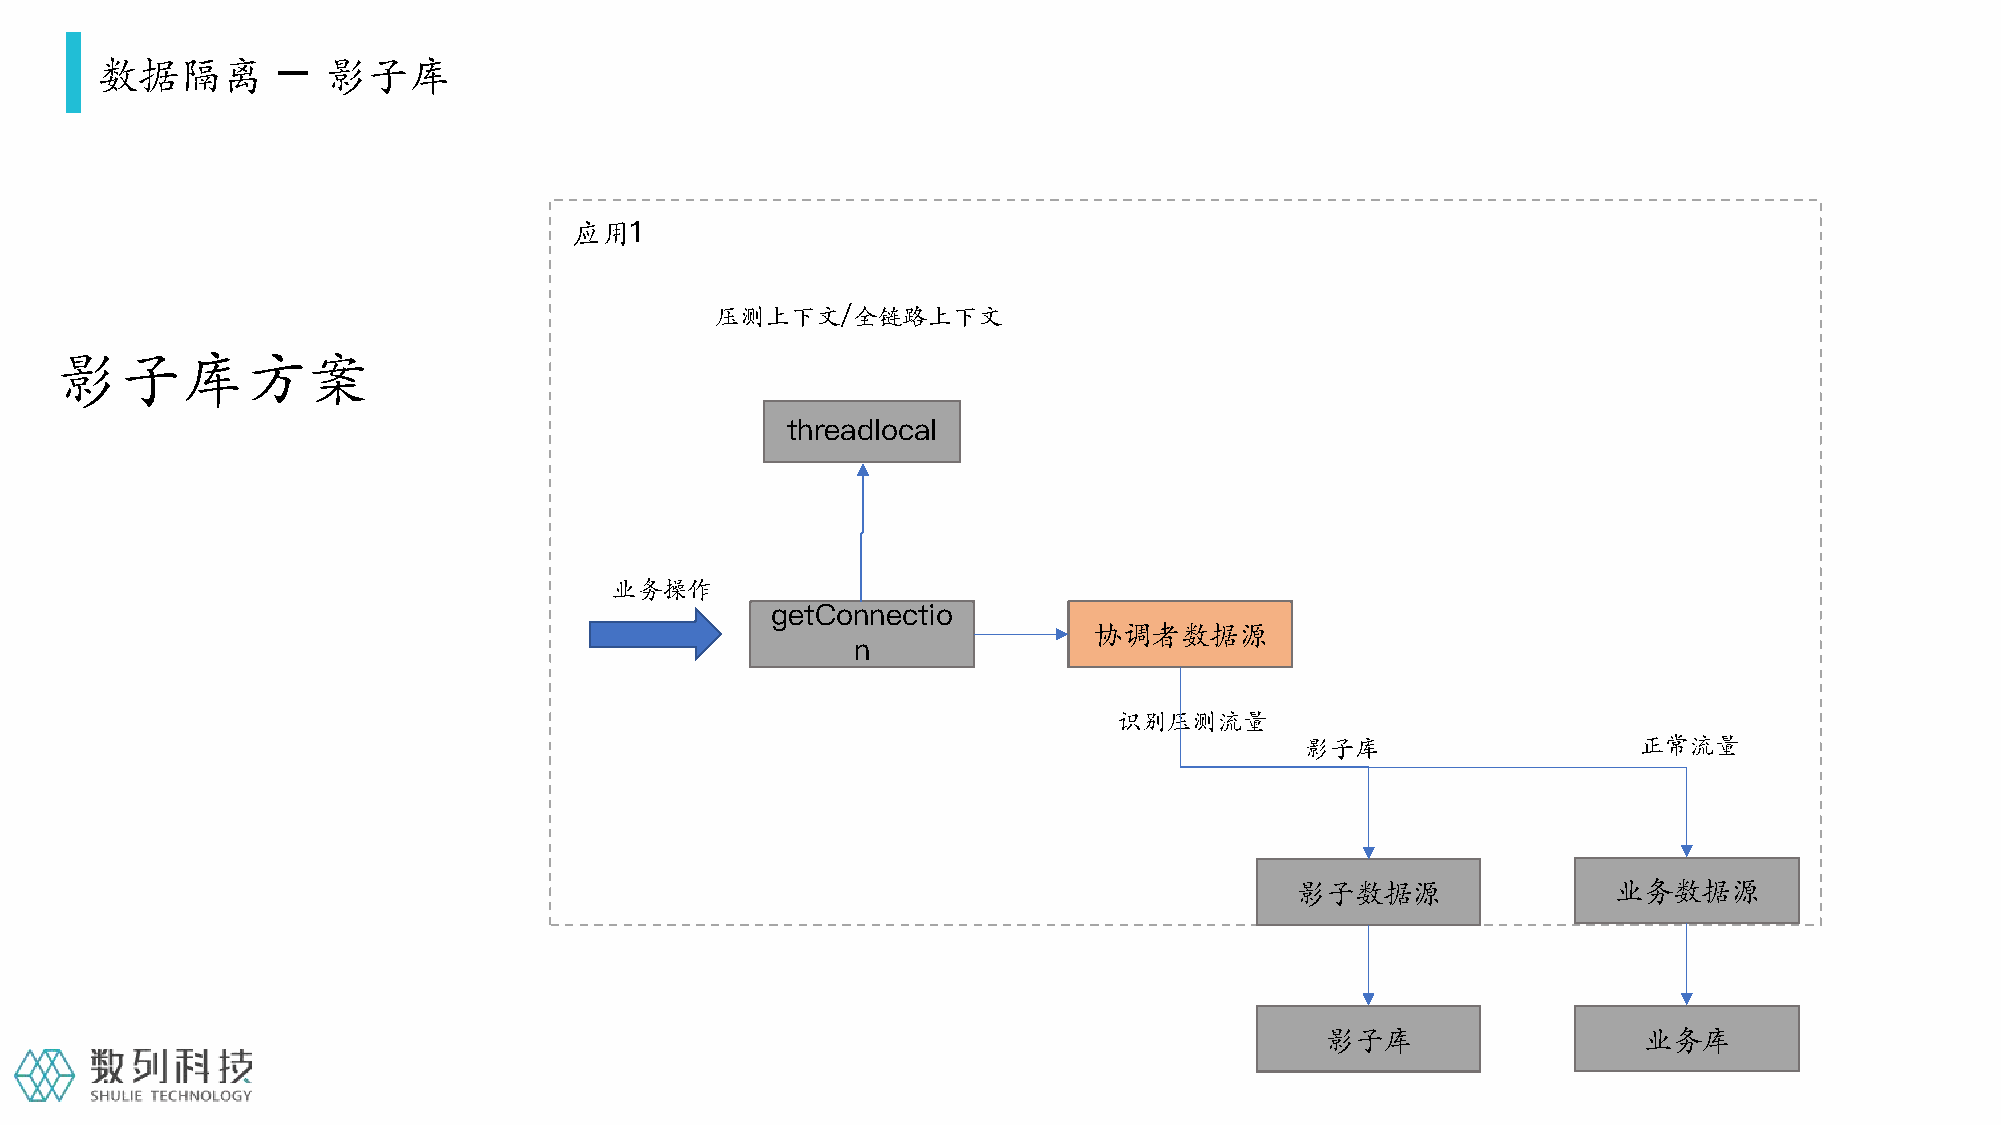
数据隔离        –  影子库
 应用1
 压测上下文/全链路上下文
 影子库方案
 threadlocal
 业务操作
 getConnectio
 协调者数据源
 n
 识别压测流量
 影子库                   正常流量
 影子数据源                业务数据源
 影子库                  业务库